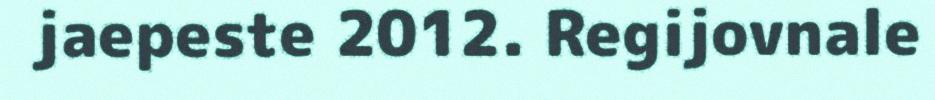
jaepeste 2012. Regijovnale